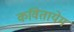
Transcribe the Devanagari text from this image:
कवितायेम